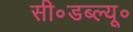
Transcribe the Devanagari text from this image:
सी॰डब्ल्यू॰